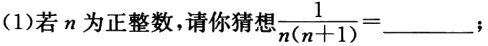
(1)若\(n\)为正整数，请你猜想\(\frac{1}{n(n + 1)}=\underline{\quad\quad}\)；